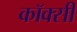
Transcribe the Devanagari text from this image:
कॉक्सी